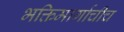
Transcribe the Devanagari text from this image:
भक्तिमार्गाचीच